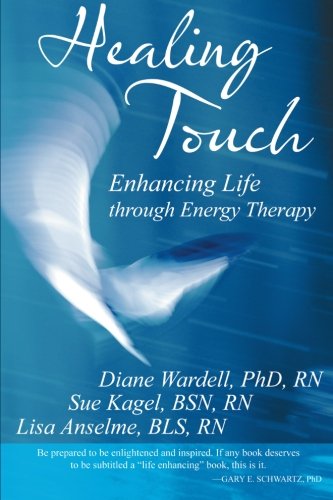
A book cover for Healing Touch: Enhancing Life through Energy Therapy; Diane Wardell; Health, Fitness & Dieting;